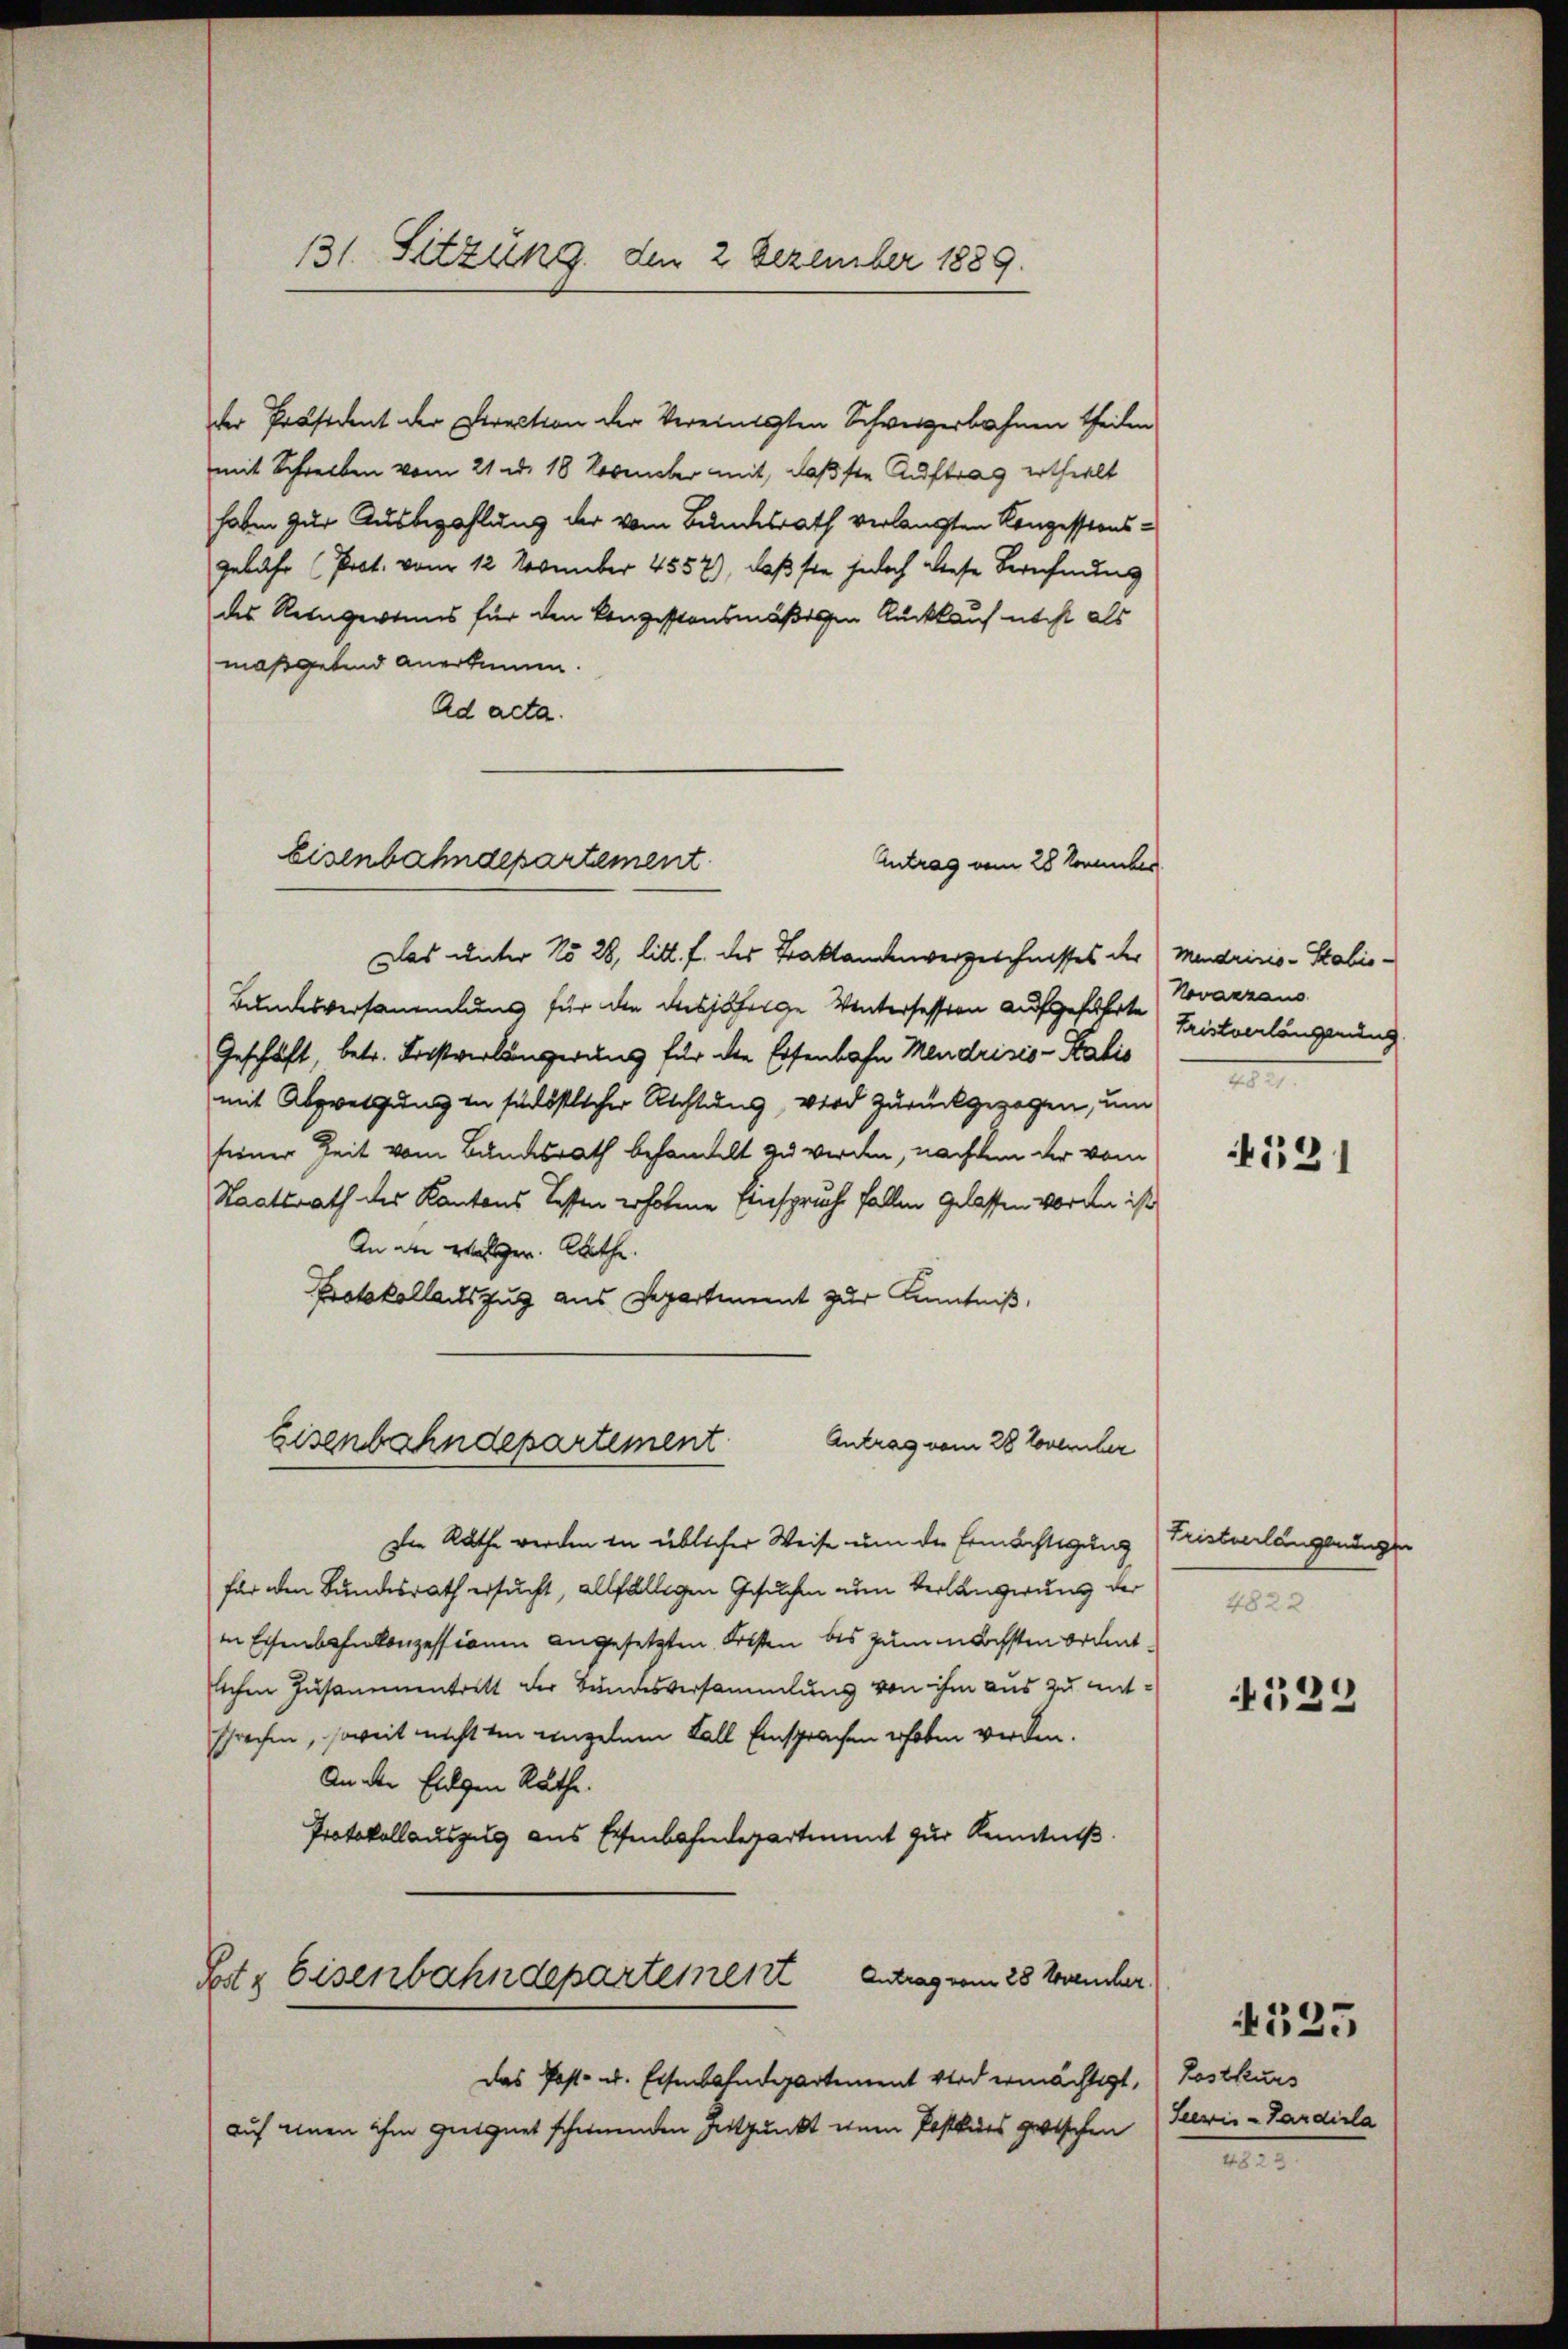
131. Sitzung, den 2 Dezember 1889.

der Präsident der Direction der Vereinigten Schweizerbahnen theilen
mit Schreiben vom 21. d. 18 November mit, daß ste Auftrag erthielt
haben zur Ausbezahlung der vom Bundesrath verlangten Konzessionsgebahr (Prot. vom 12. November 4557), daß sie jedoch diese Berechnung
des Reingewinns für den kongestonsmäßigen Rückkauf nicht als
maßgebend anerkennen.
Ad acta.
Das unter No 28, litt. f. des Baktandenverzeichnisses der Mendrisis-Stabis¬
Bundesversammlung für die diesjährige Wintersessern aufgeführte Trinkenlängerung
Geschäft, betr. Fristverlängerung für die Eisenbahn Mendrisis - Kalis
mit Abzweigung in südöstlicher Richtung, wird zurückgezogen, um
siener Zeit vom Bundesrath behandelt zu werden, nachdem der vom
Staatsrath des Kantons Testen erhobene Einspruche fallen gelassen worden ist
An die Waller. Rathe
Protokollauszug aus Department zur Kenntniß,
Antrag vom 28 November
Eisenbahndepartement
Die Rathe werden in üblicher Weise um die Ermächtigung
für den Bundesrath ersucht, allfälligen Gesuchen nun Verlängerung der
in Eisenbahnkonzessionen angesetzten Kosten bis zum nächsten ordentlichen Zusammentritt der Bundesversammlung von ihm aus zu entsprechen, soweit nicht in einzelnen Fall Einsprachen erhoben werden.
An der Eigen Rathe.
Protokollauszug aus Eisenbahndepartient zur Kenntniß.
Antrag vom 28 Novencher.
Potz Eisenbahndepartement
Das Post- u. Eisenbahndepartement wird ermächtigt, (Postkurs
auf einen ihm geeignet scheinenden Entpunkt einen Postkurs zwischen

Eisenbahndepartement
Antrag vom 28 November

Novaczans
III

131

Tinterlangeninge
4822.

129

Seerie-Pardisla

4525

M.